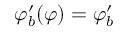
\varphi _ { b } ^ { \prime } ( \varphi ) = \varphi _ { b } ^ { \prime }